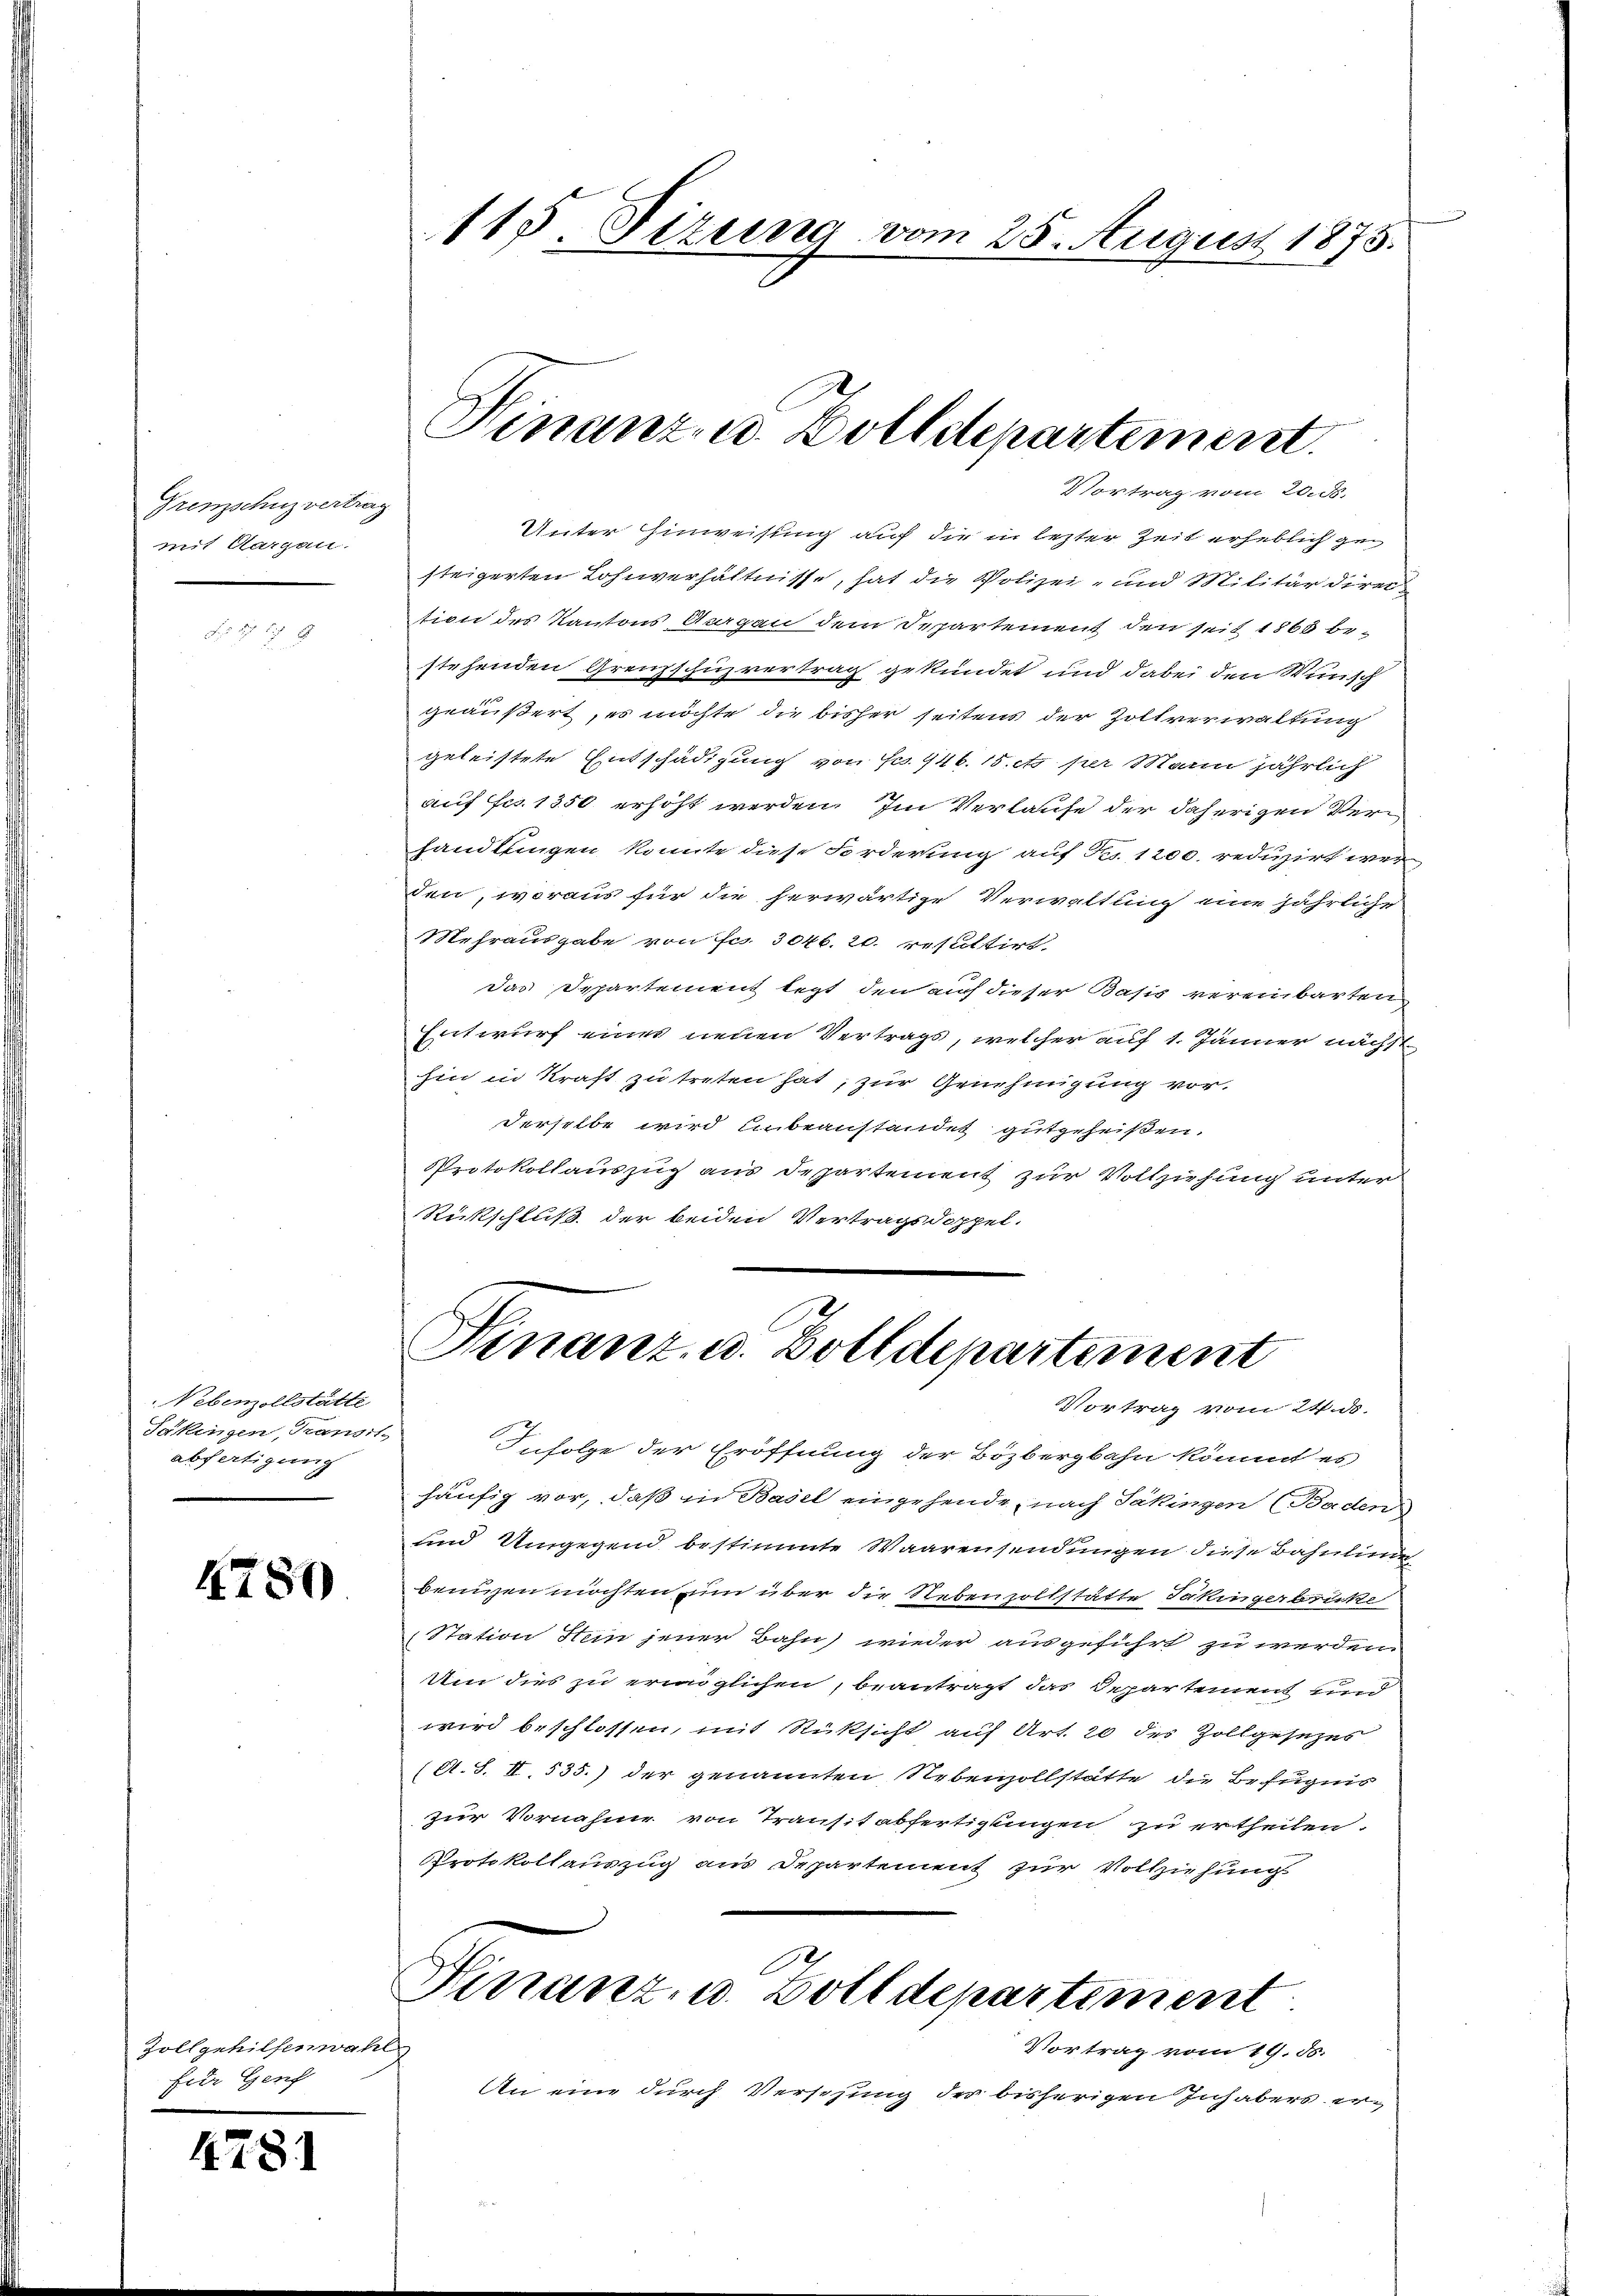
Grenzschuz vertrag
mit Aargau.

Nebenzollstätte
Säkingen, Kanzl
abfertigung

4780

Vortrag vom 20. d.
Unter Hinweisung auf die in lezter Zeit erheblich gesteigerten Lohnverhältnisse, hat die Polizei- und Militärdirec
tion des Kantons Aargau dem Departement den seit 1860 bestehenden Grenzschuzvertrag gekündet und dabei den Winisch
geäußert, es möchte die bisher seitens der Zollverwaltung
geleistete Entschädigung von Fr. 446. 15. et per Mann jährlich
auf Fr. 1350 erhöht werden. Im Verlaufe der daherigen Verhandlungen konnte diese Forderung auf Nr. 1200. reduzirt wer
den, woraus für die herwärtige Verwaltung eine jährliche
Mehrausgabe von Fr. 3046. 20. resultirt
Das Departement legt den auch dieser Basis vereinbarten
Entwurf eines neuen Vertrags, welcher auf 1. Jänner nächst
hin in Kraft zu treten hat, zur Genehmigung vor.
derselbe wird unbeanstandet gutgeheißen.
Protokollauszug aus Departement zur Vollziehung unter
Rückschluß der beiden Vertragsdoppel-

Zollgehilfenwahl
Erer Genf

4781

¬
115. Sizung vom 25. August 1875.

Finanz- u. Zolldepartement.

Infolge der Eröffnung der Bözbergbahn kommt es
häufig vor, daß in Basel eingehende, nach Säkingen (Baden
und Umgegend bestimmte Waarensendungen diese Bahnlinie
benuzen möchten zum über die Nebenzollstätte Jakinger berücke
Station Stein jener Bahn wieder ausgeführt zu werden
Um dies zu ermöglichen, beantragt das Departement und
wird beschlossen, mit Rüksicht auf Art. 20 des Zollgesezes
(A. S. II. 535.) der genannten Rebenzollstätte die Befugnis
zur Vornahme von Transtabfertigungen zu ertheilen.
Protokollauszug aus Departement zur Vollziehung
Hirranz- u. Zolldepartement
Vortrag vom 19. ds.
An eine durch Versehung der bisherigen Inhabers er¬

Finanz- u. Zolldepartement
Vortrag vom 24. ds.